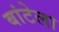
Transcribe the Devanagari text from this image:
बांटेला